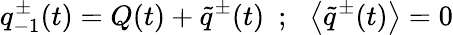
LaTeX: q_{-1}^{\pm}(t)=Q(t)+\tilde{q}^{\pm}(t)~~;~~\left<\tilde{q}^{\pm}(t)\right>=0